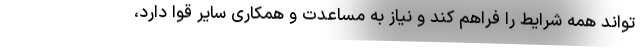
تواند همه شرایط را فراهم کند و نیاز به مساعدت و همکاری سایر قوا دارد،